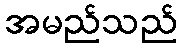
အမည်သည်